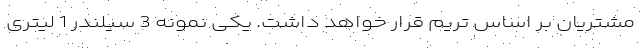
مشتریان بر اساس تریم قرار خواهد داشت. یکی نمونه 3 سیلندر 1 لیتری